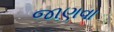
જાણવા